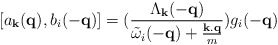
\begin{align*}[a_{ {\bf{k}} }({\bf{q}}), b_{i}(-{\bf{q}})] = (\frac{ \Lambda_{ {\bf{k}} }(-{\bf{q}}) }{ {\tilde{\omega}}_{i}(-{\bf{q}}) + \frac{ {\bf{k.q}} }{m} })g_{i}(-{\bf{q}})\end{align*}